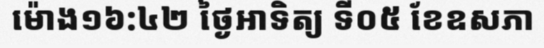
ម៉ោង១៦:៤២ ថ្ងៃអាទិត្យ ទី០៥ ខែឧសភា